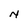
Character: N